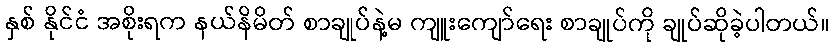
နှစ် နိုင်ငံ အစိုးရက နယ်နိမိတ် စာချုပ်နဲ့မ ကျူးကျော်ရေး စာချုပ်ကို ချုပ်ဆိုခဲ့ပါတယ်။